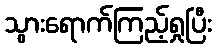
သွားရောက်ကြည့်ရှုပြီး